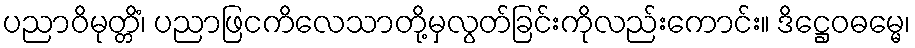
ပညာဝိမုတ္တိံ၊ ပညာဖြငကိလေသာတို့မှလွတ်ခြင်းကိုလည်းကောင်း။ ဒိဋ္ဌေဝဓမ္မေ၊